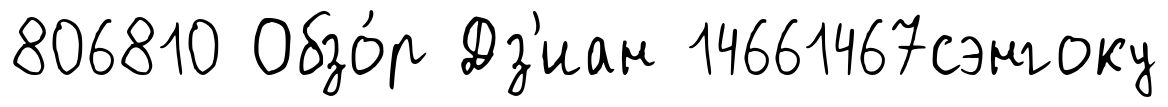
806810 Обзо́р Дз'иан 14661467сэнгоку